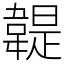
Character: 䪘